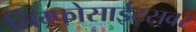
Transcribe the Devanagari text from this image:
लिम्फोसाईट्सवर